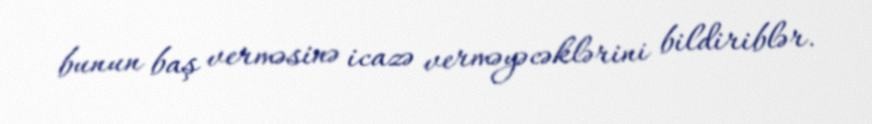
bunun baş verməsinə icazə verməyəcəklərini bildiriblər.